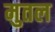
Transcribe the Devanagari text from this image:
मुतल